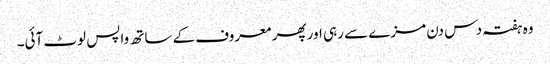
وہ ہفتہ دس دن مزے سے رہی اور پھر معروف کے ساتھ واپس لوٹ آئی۔